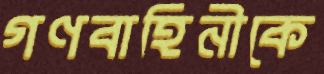
গণবাহিনীকে